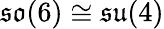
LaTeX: {\mathfrak{so}}(6)\cong{\mathfrak{su}}(4)